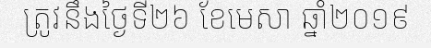
ត្រូវនឹងថ្ងៃទី២៦ ខែមេសា ឆ្នាំ២០១៩